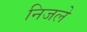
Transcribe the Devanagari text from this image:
निजले